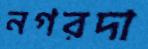
নগরদা